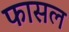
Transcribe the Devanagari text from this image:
फासल